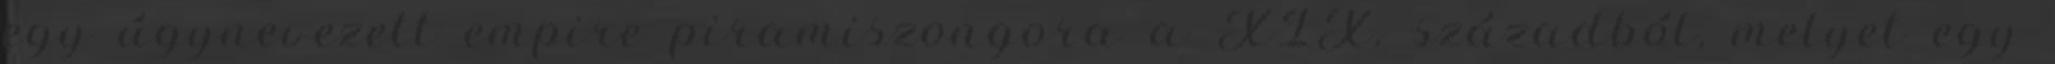
egy úgynevezett empire piramiszongora a XIX. századból, melyet egy